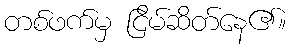
တစ်ဖက်မှ ငြိမ်ဆိတ်နေ၏။